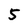
Character: 5